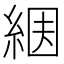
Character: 𦀶